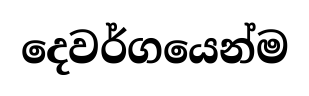
දෙවර්ගයෙන්ම